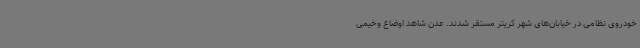
خودروی نظامی در خیابان‌های شهر کریتر مستقر شدند. عدن شاهد اوضاع وخیمی